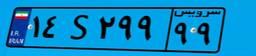
۱۴S۲۹۹۹۹